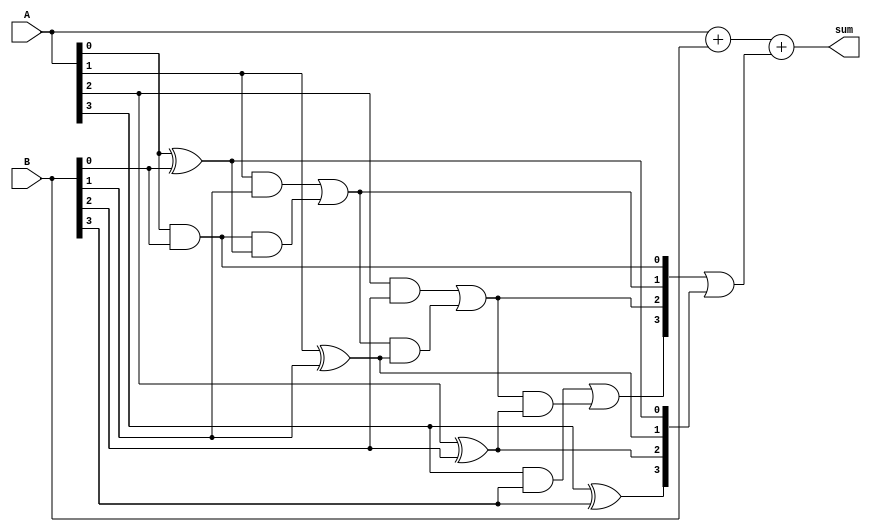
module brent_kung_adder (
  input [3:0] A, B,
  output [3:0] sum
);

wire [3:0] c;
wire [4:0] g, p;

assign c = {1'b0, g[3:0]} | {g[3:0], p[3:0]};
assign sum = A + B + c;

assign g[0] = A[0] & B[0];
assign p[0] = A[0] ^ B[0];

assign g[1] = (A[1] & B[1]) | (g[0] & p[0]);
assign p[1] = A[1] ^ B[1];

assign g[2] = (A[2] & B[2]) | (g[1] & p[1]);
assign p[2] = A[2] ^ B[2];

assign g[3] = (A[3] & B[3]) | (g[2] & p[2]);
assign p[3] = A[3] ^ B[3];

endmodule